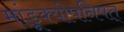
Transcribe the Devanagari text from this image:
मांडूक्योपनिषत्